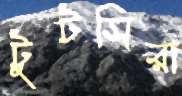
টুটসিরা